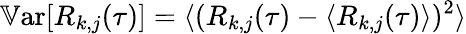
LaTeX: \mathbb{V}\textrm{ar}[R_{k,j}(\tau)]=\langle(R_{k,j}(\tau)-\langle R_{k,j}(\tau)\rangle)^{2}\rangle